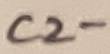
Text: C2-